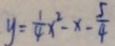
y = \frac { 1 } { 4 } x ^ { 2 } - x - \frac { 5 } { 4 }